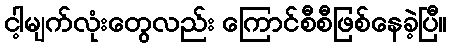
ငါ့မျက်လုံးတွေလည်း ကြောင်စီစီဖြစ်နေခဲ့ပြီ။